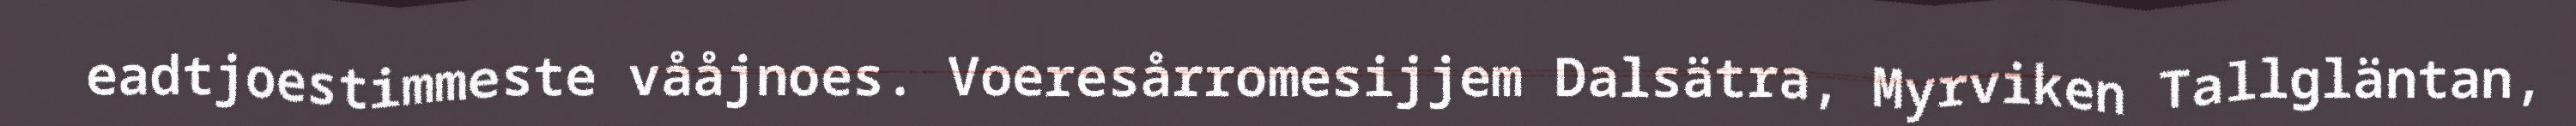
eadtjoestimmeste vååjnoes. Voeresårromesijjem Dalsätra, Myrviken Tallgläntan,